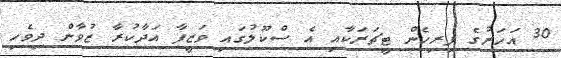
30 އަހަރުގެ ފިރިހެން ޓީޗަރަކާއި އެ ސްކޫލުގައި ވަޒީފާ އަދާކުރާ ޒުވާން ދިވެހި